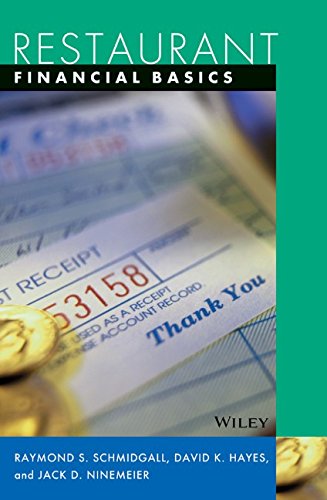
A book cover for Restaurant Financial Basics; Raymond S. Schmidgall; Business & Money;